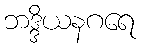
ဘဒ္ဒိယနဂရေ